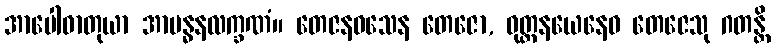
အာပေါဓာတုယာ အာဗန္ဓနလက္ခဏံ။ တေဇနဝသေန တေဇော, ဝုတ္တနယေနေဝ တေဇေသု ဂတန္တိ